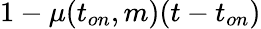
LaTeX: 1-\mu(t_{on},m)(t-t_{on})